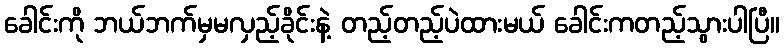
ခေါင်းကို ဘယ်ဘက်မှမလှည့်ခိုင်းနဲ့ တည့်တည့်ပဲထားမယ် ခေါင်းကတည့်သွားပါပြီ။